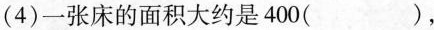
(4)一张床的面积大约是400( )，